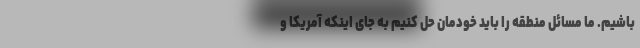
باشیم. ما مسائل منطقه را باید خودمان حل کنیم به جای اینکه آمریکا و